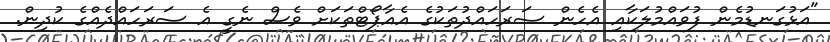
"އަޅުގަނޑުމެން ފުވައްމުލަކާއި އެހެން ސަރަހައްދުތަކުގެ އެއާޕޯޓްތަކަށް ވެސް ނެގީ އެ ސަރަހައްދެއްގެ ކުދިން.